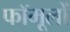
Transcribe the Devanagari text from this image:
फॉमूलों